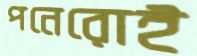
পনেরোই